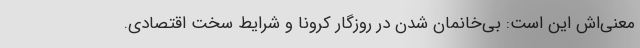
معنی‌اش این است: بی‌خانمان شدن در روزگار کرونا و شرایط سخت اقتصادی.